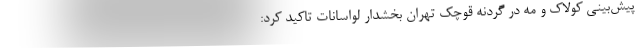
پیش‌بینی کولاک و مه در گردنه قوچک تهران بخشدار لواسانات تاکید کرد: